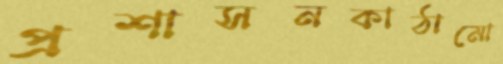
প্রশাসনকাঠামো